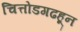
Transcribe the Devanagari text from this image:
चित्तोडगढहून